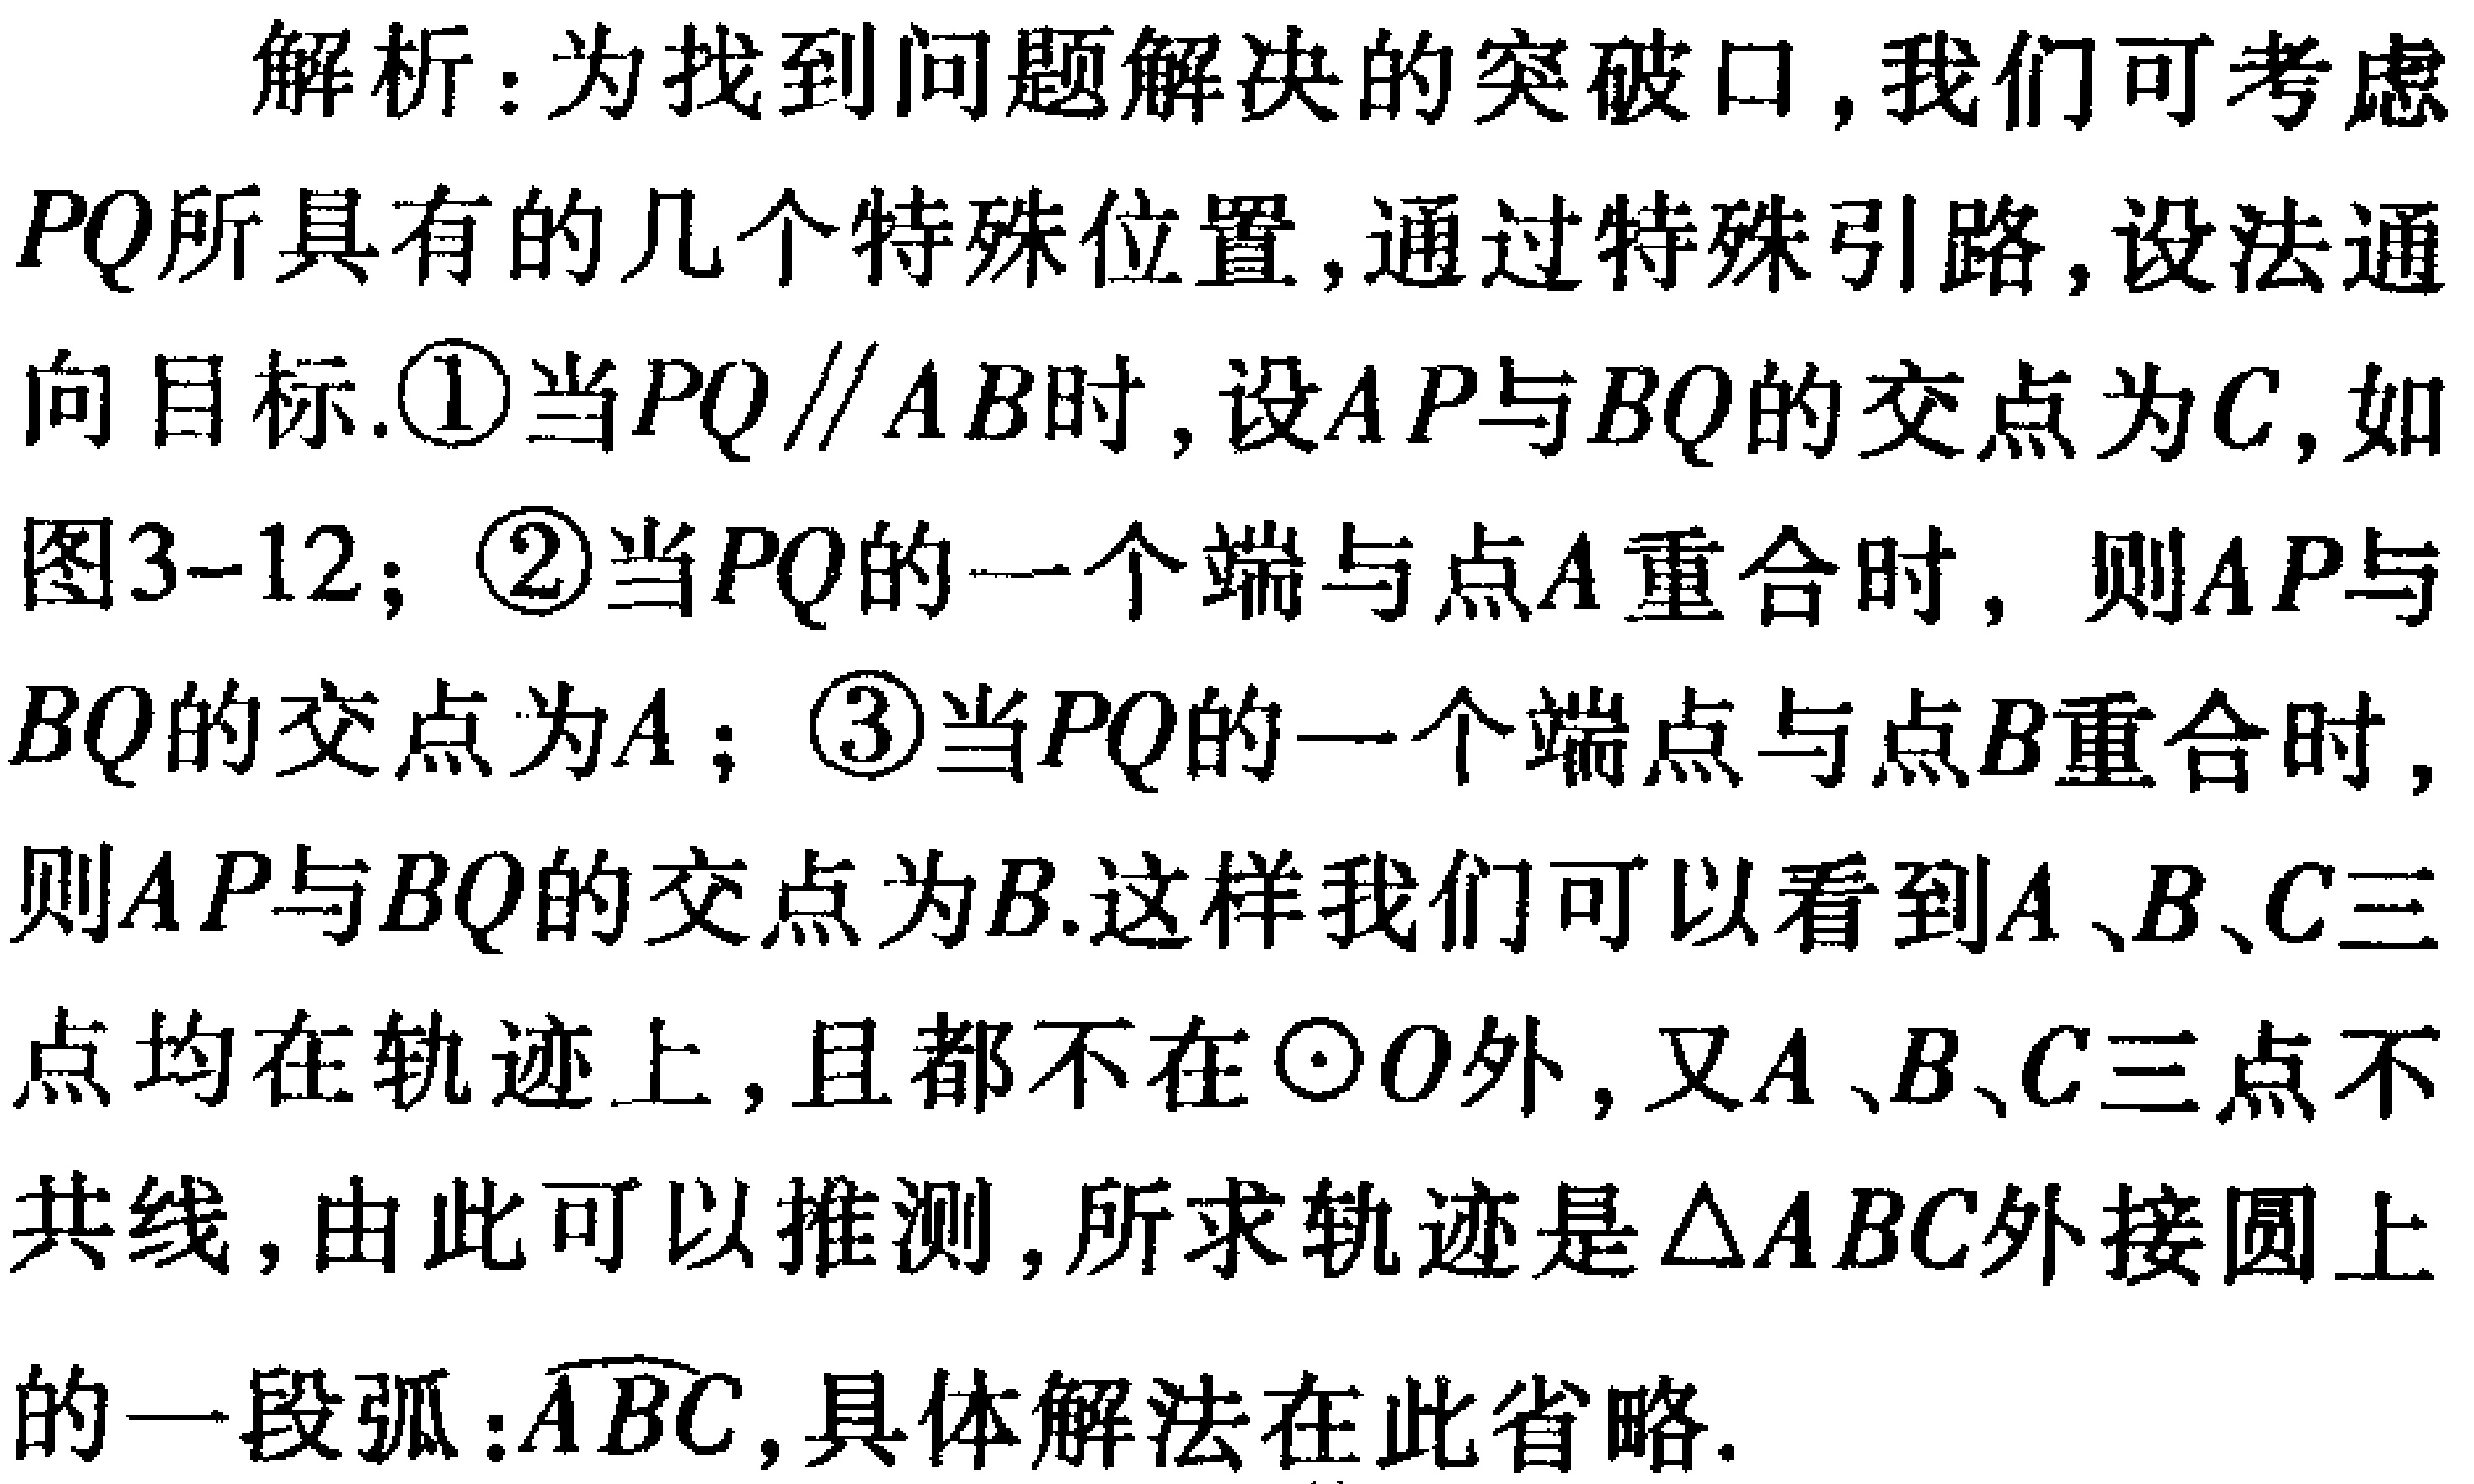
解析：为找到问题解决的突破口,我们可考虑
$PQ$所具有的几个特殊位置,通过特殊引路,设法通
向目标.\textcircled{1}当$PQ\parallel AB$时,设$AP$与$BQ$的交点为$C$,如
图3-12；\textcircled{2}当$PQ$的一个端与点$A$重合时, 则$AP$与
$BQ$的交点为$A$；\textcircled{3}当$PQ$的一个端点与点$B$重合时,
则$AP$与$BQ$的交点为$B$.这样我们可以看到$A$、$B$、$C$三
点均在轨迹上,且都不在$\odot O$外,又$A$、$B$、$C$三点不
共线,由此可以推测,所求轨迹是$\triangle ABC$外接圆上
的一段弧：$\overset{\frown}{ABC}$,具体解法在此省略.